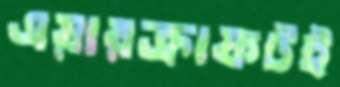
এয়ারক্রাফটই